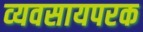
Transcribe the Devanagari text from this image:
व्‍यवसायपरक